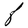
Character: F